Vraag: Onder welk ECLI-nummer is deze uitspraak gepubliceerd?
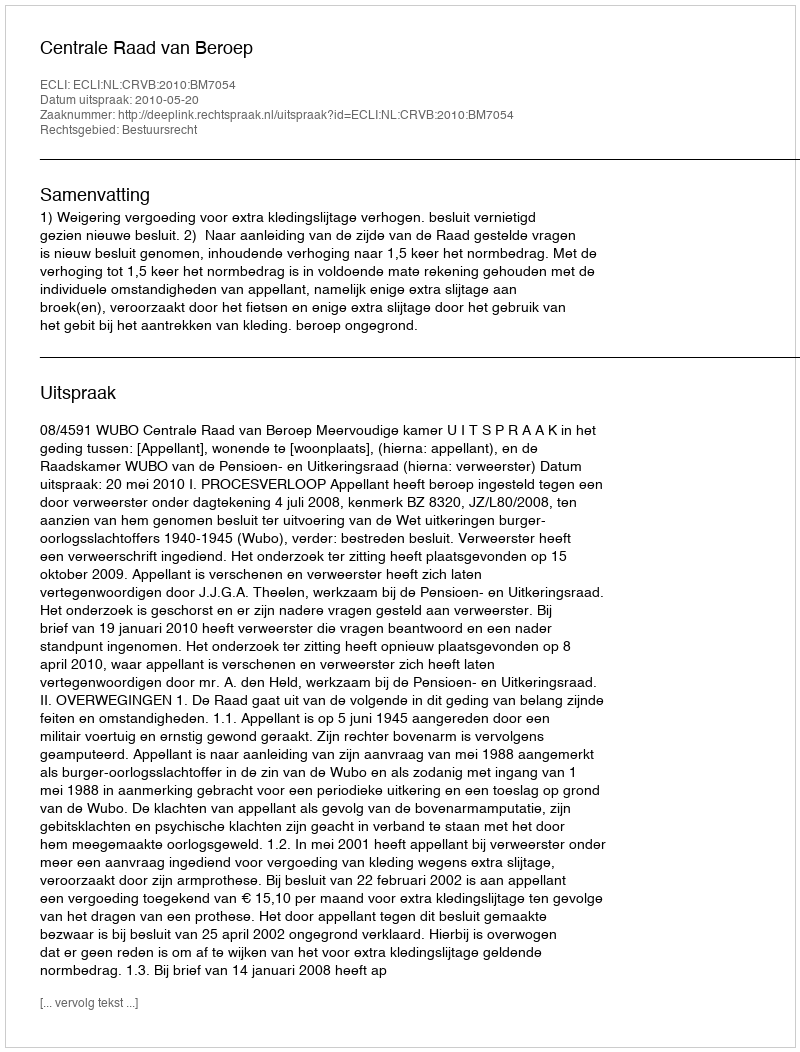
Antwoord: ECLI:NL:CRVB:2010:BM7054